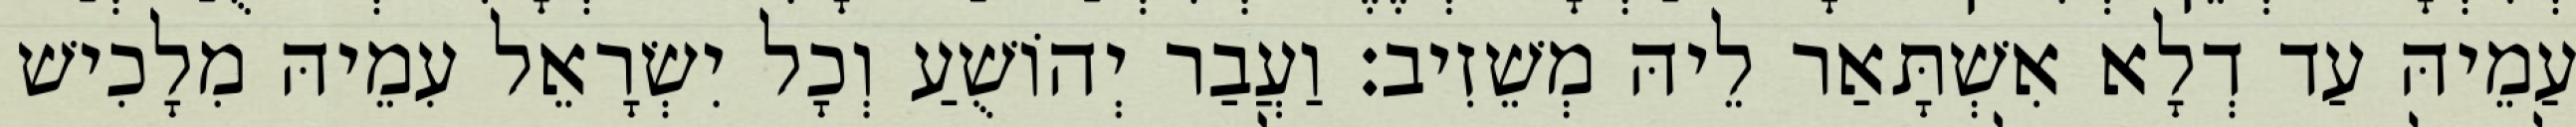
עַמֵיהּ עַד דְלָא אִשְׁתָּאַר לֵיהּ מְשֵׁזִיב׃ וַעֲבַר יְהוֹשֻׁעַ וְכָל יִשְׂרָאֵל עִמֵיהּ מִלָכִישׁ